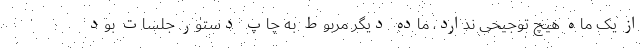
از یک ماه هیچ توجیحی ندارد، ماده دیگر مربوط به چاپ دستور جلسات بود